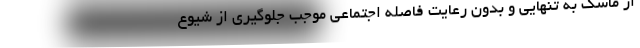
از ماسک به تنهایی و بدون رعایت فاصله اجتماعی موجب جلوگیری از شیوع